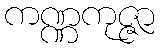
ကဏ္ဏကုဇ္ဇာ